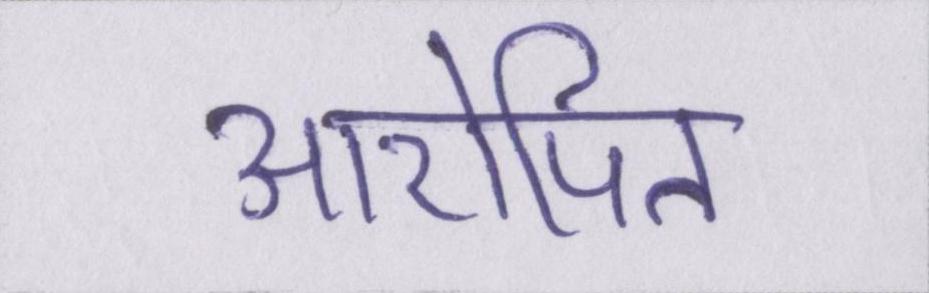
आरोपित